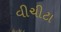
વીચીટા